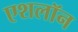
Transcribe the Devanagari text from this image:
एशलॉन